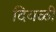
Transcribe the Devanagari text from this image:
दिवळी